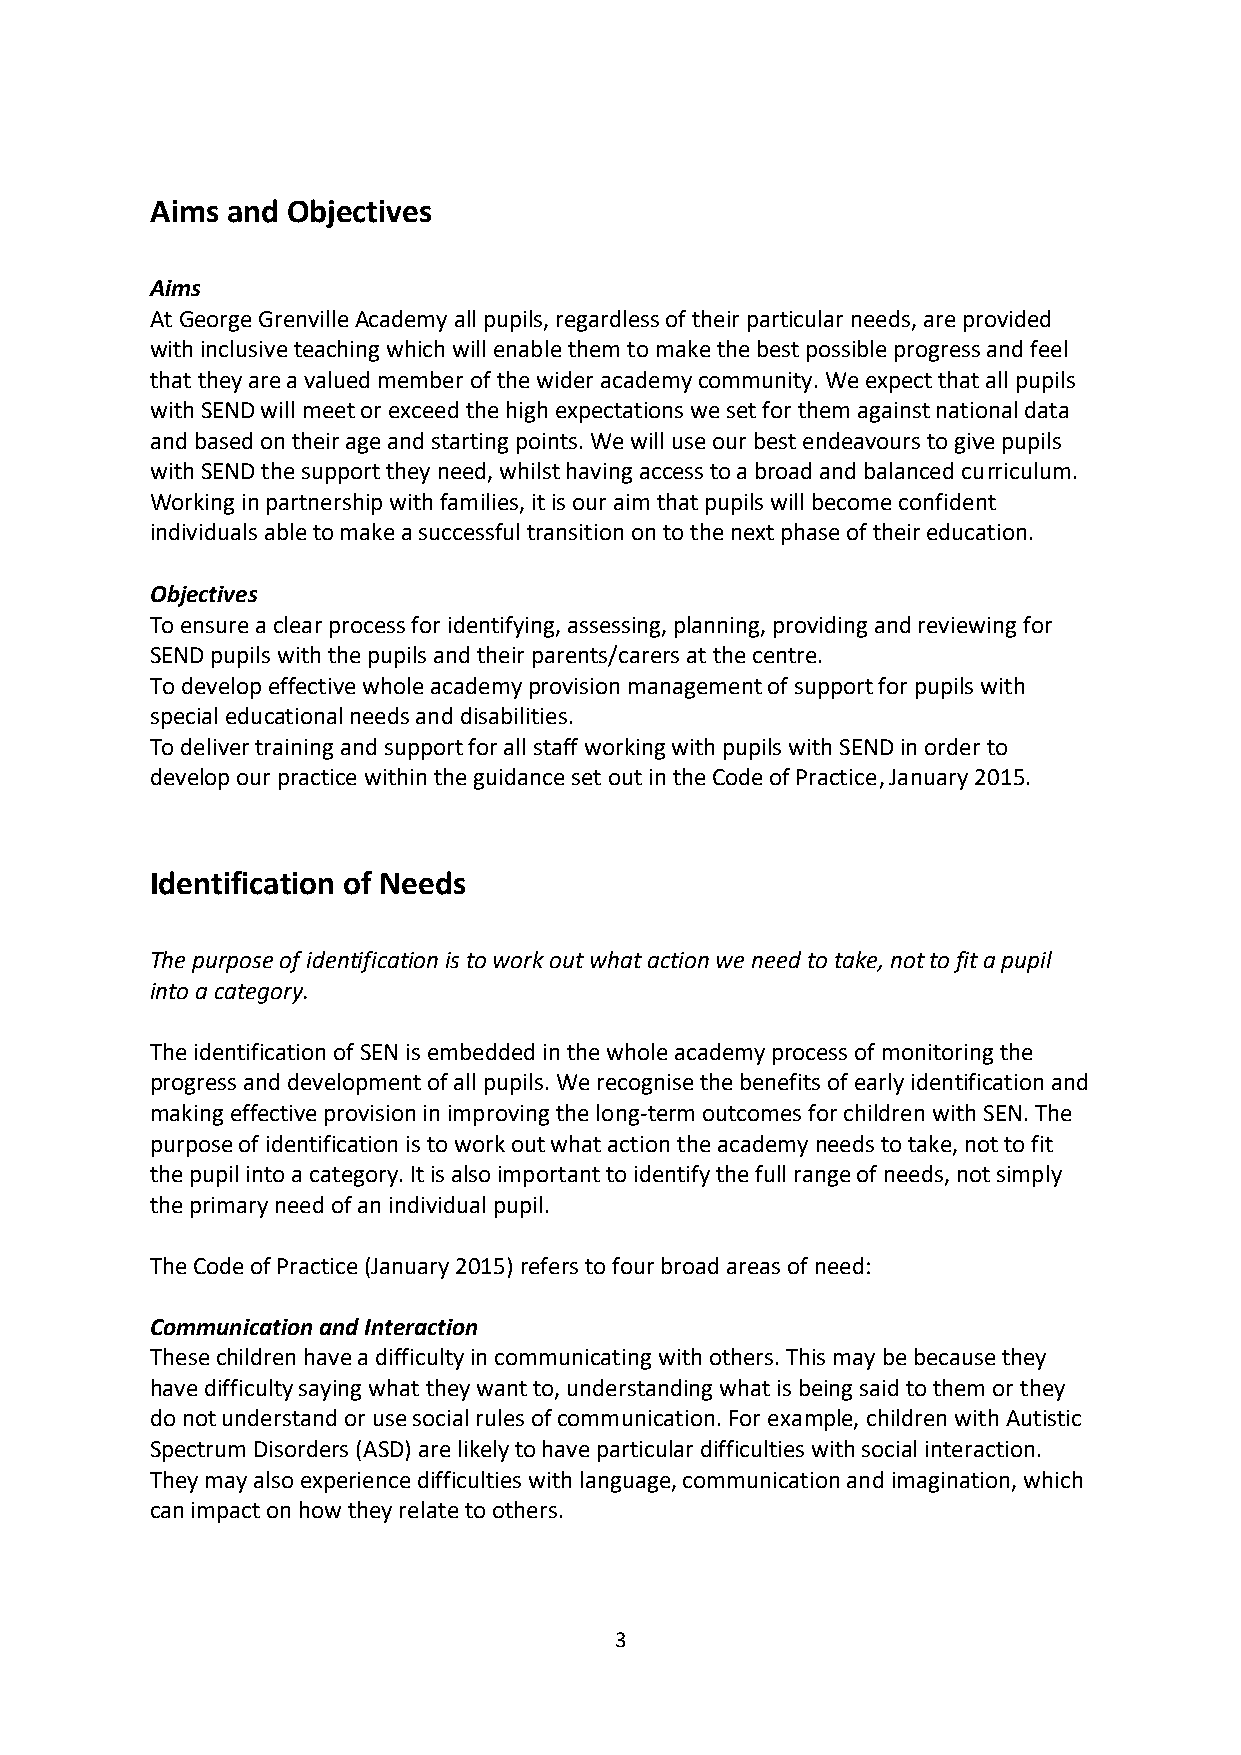
Aims and Objectives
 Aims
 At George Grenville Academy all pupils, regardless of their particular needs, are provided
 with inclusive teaching which will enable them to make the best possible progress and feel
 that they are a valued member of the wider academy community. We expect that all pupils
 with SEND will meet or exceed the high expectations we set for them against national data
 and based on their age and starting points. We will use our best endeavours to give pupils
 with SEND the support they need, whilst having access to a broad and balanced curriculum.
 Working in partnership with families, it is our aim that pupils will become confident
 individuals able to make a successful transition on to the next phase of their education.
 Objectives
 To ensure a clear process for identifying, assessing, planning, providing and reviewing for
 SEND pupils with the pupils and their parents/carers at the centre.
 To develop effective whole academy provision management of support for pupils with
 special educational needs and disabilities.
 To deliver training and support for all staff working with pupils with SEND in order to
 develop our practice within the guidance set out in the Code of Practice, January 2015.
 Identification of Needs
 The purpose of identification is to work out what action we need to take, not to fit a pupil
 into a category.
 The identification of SEN is embedded in the whole academy process of monitoring the
 progress and development of all pupils. We recognise the benefits of early identification and
 making effective provision in improving the long-term outcomes for children with SEN. The
 purpose of identification is to work out what action the academy needs to take, not to fit
 the pupil into a category. It is also important to identify the full range of needs, not simply
 the primary need of an individual pupil.
 The Code of Practice (January 2015) refers to four broad areas of need:
 Communication and Interaction
 These children have a difficulty in communicating with others. This may be because they
 have difficulty saying what they want to, understanding what is being said to them or they
 do not understand or use social rules of communication. For example, children with Autistic
 Spectrum Disorders (ASD) are likely to have particular difficulties with social interaction.
 They may also experience difficulties with language, communication and imagination, which
 can impact on how they relate to others.
 3